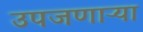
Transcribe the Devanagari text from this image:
उपजणाऱ्या